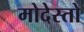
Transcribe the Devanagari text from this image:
मोदेस्तो